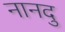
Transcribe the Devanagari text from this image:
नानदु